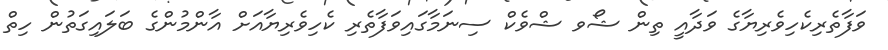
ވަފާތެރިކެހިވެރިޔާގެ ވަދާއީ ތިން ޝޯވ ޝްވެކް ސިނަމާގައިވަފާތެރި ކެހިވެރިޔާއަށް އާންމުންގެ ބަލައިގަތުން ހިތް